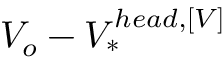
V _ { o } - V _ { * } ^ { h e a d , \left[ V \right] }